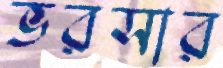
ভরসার